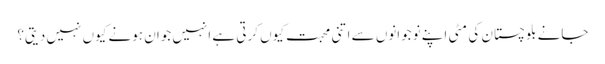
جانے بلوچستان کی مٹی اپنے نوجوانوں سے اتنی محبت کیوں کرتی ہے انہیں جوان ہونے کیوں نہیں دیتی؟